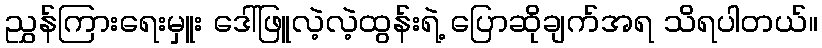
ညွှန်ကြားရေးမှူး ဒေါ်ဖြူလဲ့လဲ့ထွန်းရဲ့ ပြောဆိုချက်အရ သိရပါတယ်။